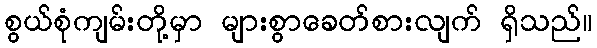
စွယ်စုံကျမ်းတို့မှာ များစွာခေတ်စားလျက် ရှိသည်။